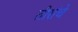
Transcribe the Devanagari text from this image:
तीरांचे